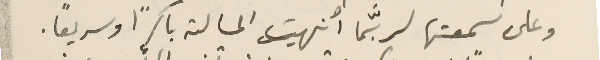
وعلى سمعتها لربَّما أنهيت المسالة باكرًا وسريعاً.